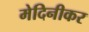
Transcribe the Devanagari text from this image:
मेदिनीकर